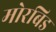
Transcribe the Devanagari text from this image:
मोरबिड